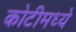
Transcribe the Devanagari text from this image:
कोटीमध्ये